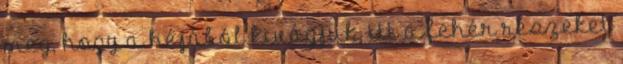
meg, hogy a héjából kivágjuk, itt a fehér részeket